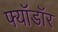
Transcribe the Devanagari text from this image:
फ्यॉडॉर